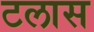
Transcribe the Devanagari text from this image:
टलास